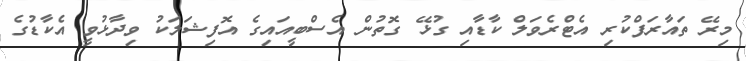
މިރޭ ތައާރަފްކުރި އެޓްރެވަލް ކާޑާއި ގުޅޭ ގޮތުން އެސްބީއައިގެ އޮފިޝަލަކު ވިދާޅުވީ އެކާޑުގެ